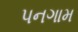
પનગામ